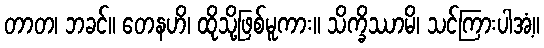
တာတ၊ ဘခင်။ တေနဟိ၊ ထိုသို့ဖြစ်မူကား။ သိက္ခိဿာမိ၊ သင်ကြားပါအံ့။